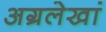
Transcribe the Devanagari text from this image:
अग्रलेखां